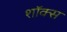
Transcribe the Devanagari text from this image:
शॉक्स